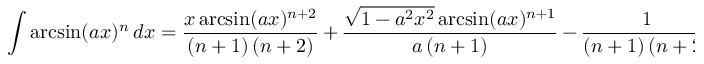
\int \arcsin ( a x ) ^ { n } \, d x = { \frac { x \arcsin ( a x ) ^ { n + 2 } } { ( n + 1 ) \, ( n + 2 ) } } \, + \, { \frac { { \sqrt { 1 - a ^ { 2 } x ^ { 2 } } } \arcsin ( a x ) ^ { n + 1 } } { a \, ( n + 1 ) } } \, - \, { \frac { 1 } { ( n + 1 ) \, ( n + 2 ) } } \int \arcsin ( a x ) ^ { n + 2 } \, d x \quad ( n \neq - 1 , - 2 )